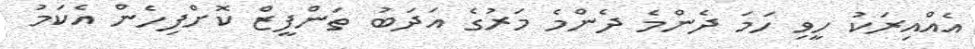
އެއްއިރަކު ހީވި ހަމަ ދެންމެ ދެންމެ މަރުގެ އަދަބު ތަންފީޒް ކޮށްފިހެން އެކަމު